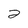
Character: 2